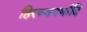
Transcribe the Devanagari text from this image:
हिरण्यगर्भादि